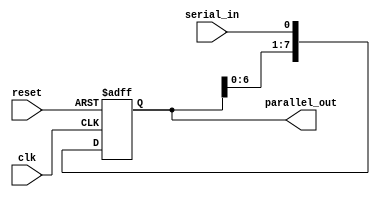
module SIPO_shift_register (
    input wire clk, // clock signal
    input wire reset, // reset signal
    input wire serial_in, // serial input data
    output reg [7:0] parallel_out // parallel output data
);

reg [7:0] shift_reg; // shift register data

always @(posedge clk or posedge reset) begin
    if (reset) begin // reset the shift register
        shift_reg <= 8'b0;
    end else begin // shift data through the shift register
        shift_reg <= {shift_reg[6:0], serial_in};
    end
end

assign parallel_out = shift_reg;

endmodule